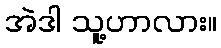
အဲဒါ သူ့ဟာလား။